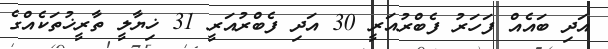
އަދި ބައެއް ފަހަރު ފެބްރުއަރީ 30 އަދި ފެބްރުއަރީ 31 ޚިޔާލީ ތާރީޚުތަކެއްގެ